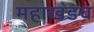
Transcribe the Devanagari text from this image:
महाखंडच